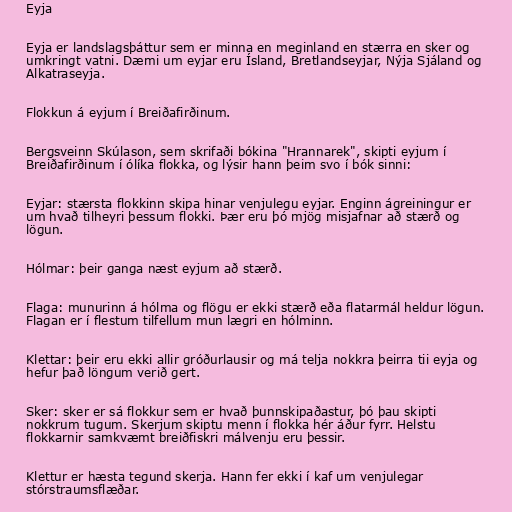
Eyja

Eyja er landslagsþáttur sem er minna en meginland en stærra en sker og
umkringt vatni. Dæmi um eyjar eru Ísland, Bretlandseyjar, Nýja Sjáland og
Alkatraseyja.

Flokkun á eyjum í Breiðafirðinum.

Bergsveinn Skúlason, sem skrifaði bókina "Hrannarek", skipti eyjum í
Breiðafirðinum í ólíka flokka, og lýsir hann þeim svo í bók sinni:

Eyjar: stærsta flokkinn skipa hinar venjulegu eyjar. Enginn ágreiningur er
um hvað tilheyri þessum flokki. Þær eru þó mjög misjafnar að stærð og
lögun.

Hólmar: þeir ganga næst eyjum að stærð.

Flaga: munurinn á hólma og flögu er ekki stærð eða flatarmál heldur lögun.
Flagan er í flestum tilfellum mun lægri en hólminn.

Klettar: þeir eru ekki allir gróðurlausir og má telja nokkra þeirra tii eyja og
hefur það löngum verið gert.

Sker: sker er sá flokkur sem er hvað þunnskipaðastur, þó þau skipti
nokkrum tugum. Skerjum skiptu menn í flokka hér áður fyrr. Helstu
flokkarnir samkvæmt breiðfiskri málvenju eru þessir.

Klettur er hæsta tegund skerja. Hann fer ekki í kaf um venjulegar
stórstraumsflæðar.